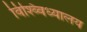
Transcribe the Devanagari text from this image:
विश्व्विध्यालय